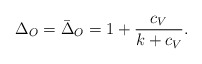
\begin{align*}\Delta_O=\bar\Delta_O=1+{c_V\over k+c_V}.\end{align*}